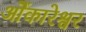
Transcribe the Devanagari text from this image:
ओेंकारेश्वर